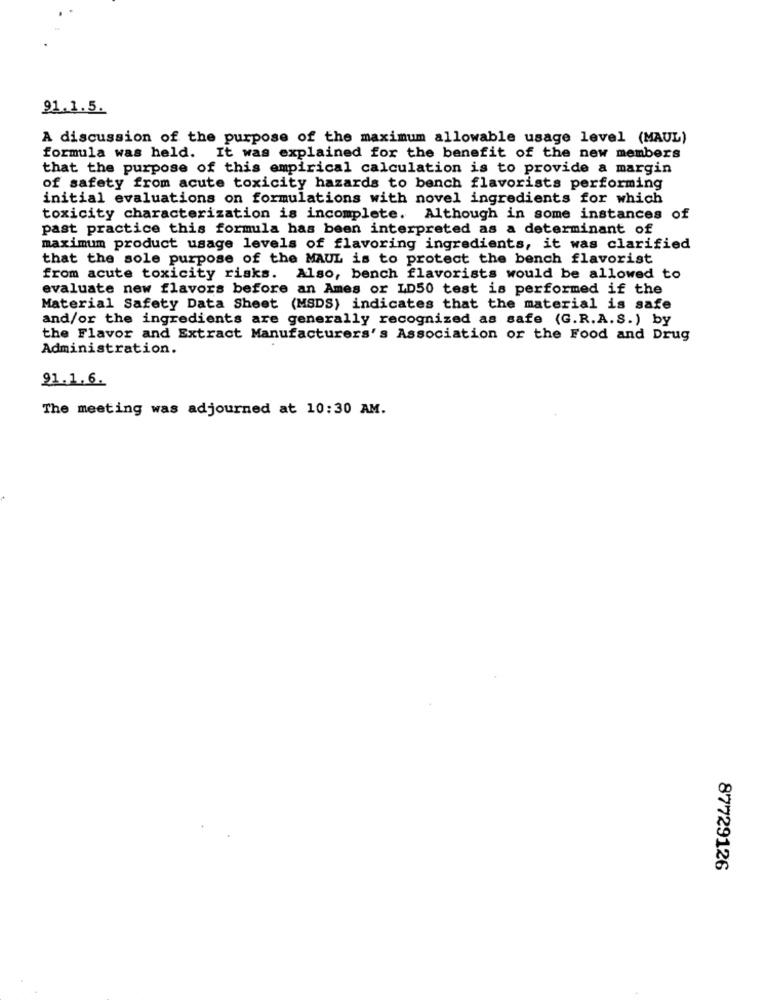
91.1.5.
A discussion of the purpose of the maximum allowable usage level (MAUL)
formula was held. It was explained for the benefit of the new members
that the purpose of this empirical calculation is to provide a margin
of safety from acute toxicity hazards to bench flavorists performing
initial evaluations on formulations with novel ingredients for which
toxicity characterization is incomplete. Although in some instances
of
past practice this formula has been interpreted as a determinant of
maximum product usage levels of flavoring ingredients, it was clarified
that the sole purpose of the MAUL is to protect the bench flavorist
from acute toxicity risks. Also, bench flavorists would be allowed to
evaluate new flavors before an Ames or LD50 test is performed if the
Material Safety Data Sheet (MSDS) indicates that the material is safe
and/or the ingredients are generally recognized as safe (G.R.A.S.) by
the Flavor and Extract Manufacturers's Association or the Food and Drug
Administration.
91.1.6.
The meeting was adjourned at 10:30 AM.
87729126